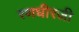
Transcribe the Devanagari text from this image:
रणधीरजी